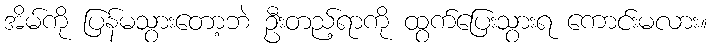
အိမ်ကို ပြန်မသွားတော့ဘဲ ဦးတည့်ရာကို ထွက်ပြေးသွားရ ကောင်းမလား။